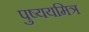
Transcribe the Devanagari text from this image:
पुष्ययमित्र